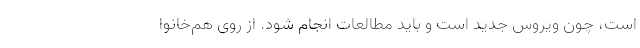
است، چون ویروس جدید است و باید مطالعات انجام شود. از روی هم‌خانوا